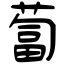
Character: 蔔